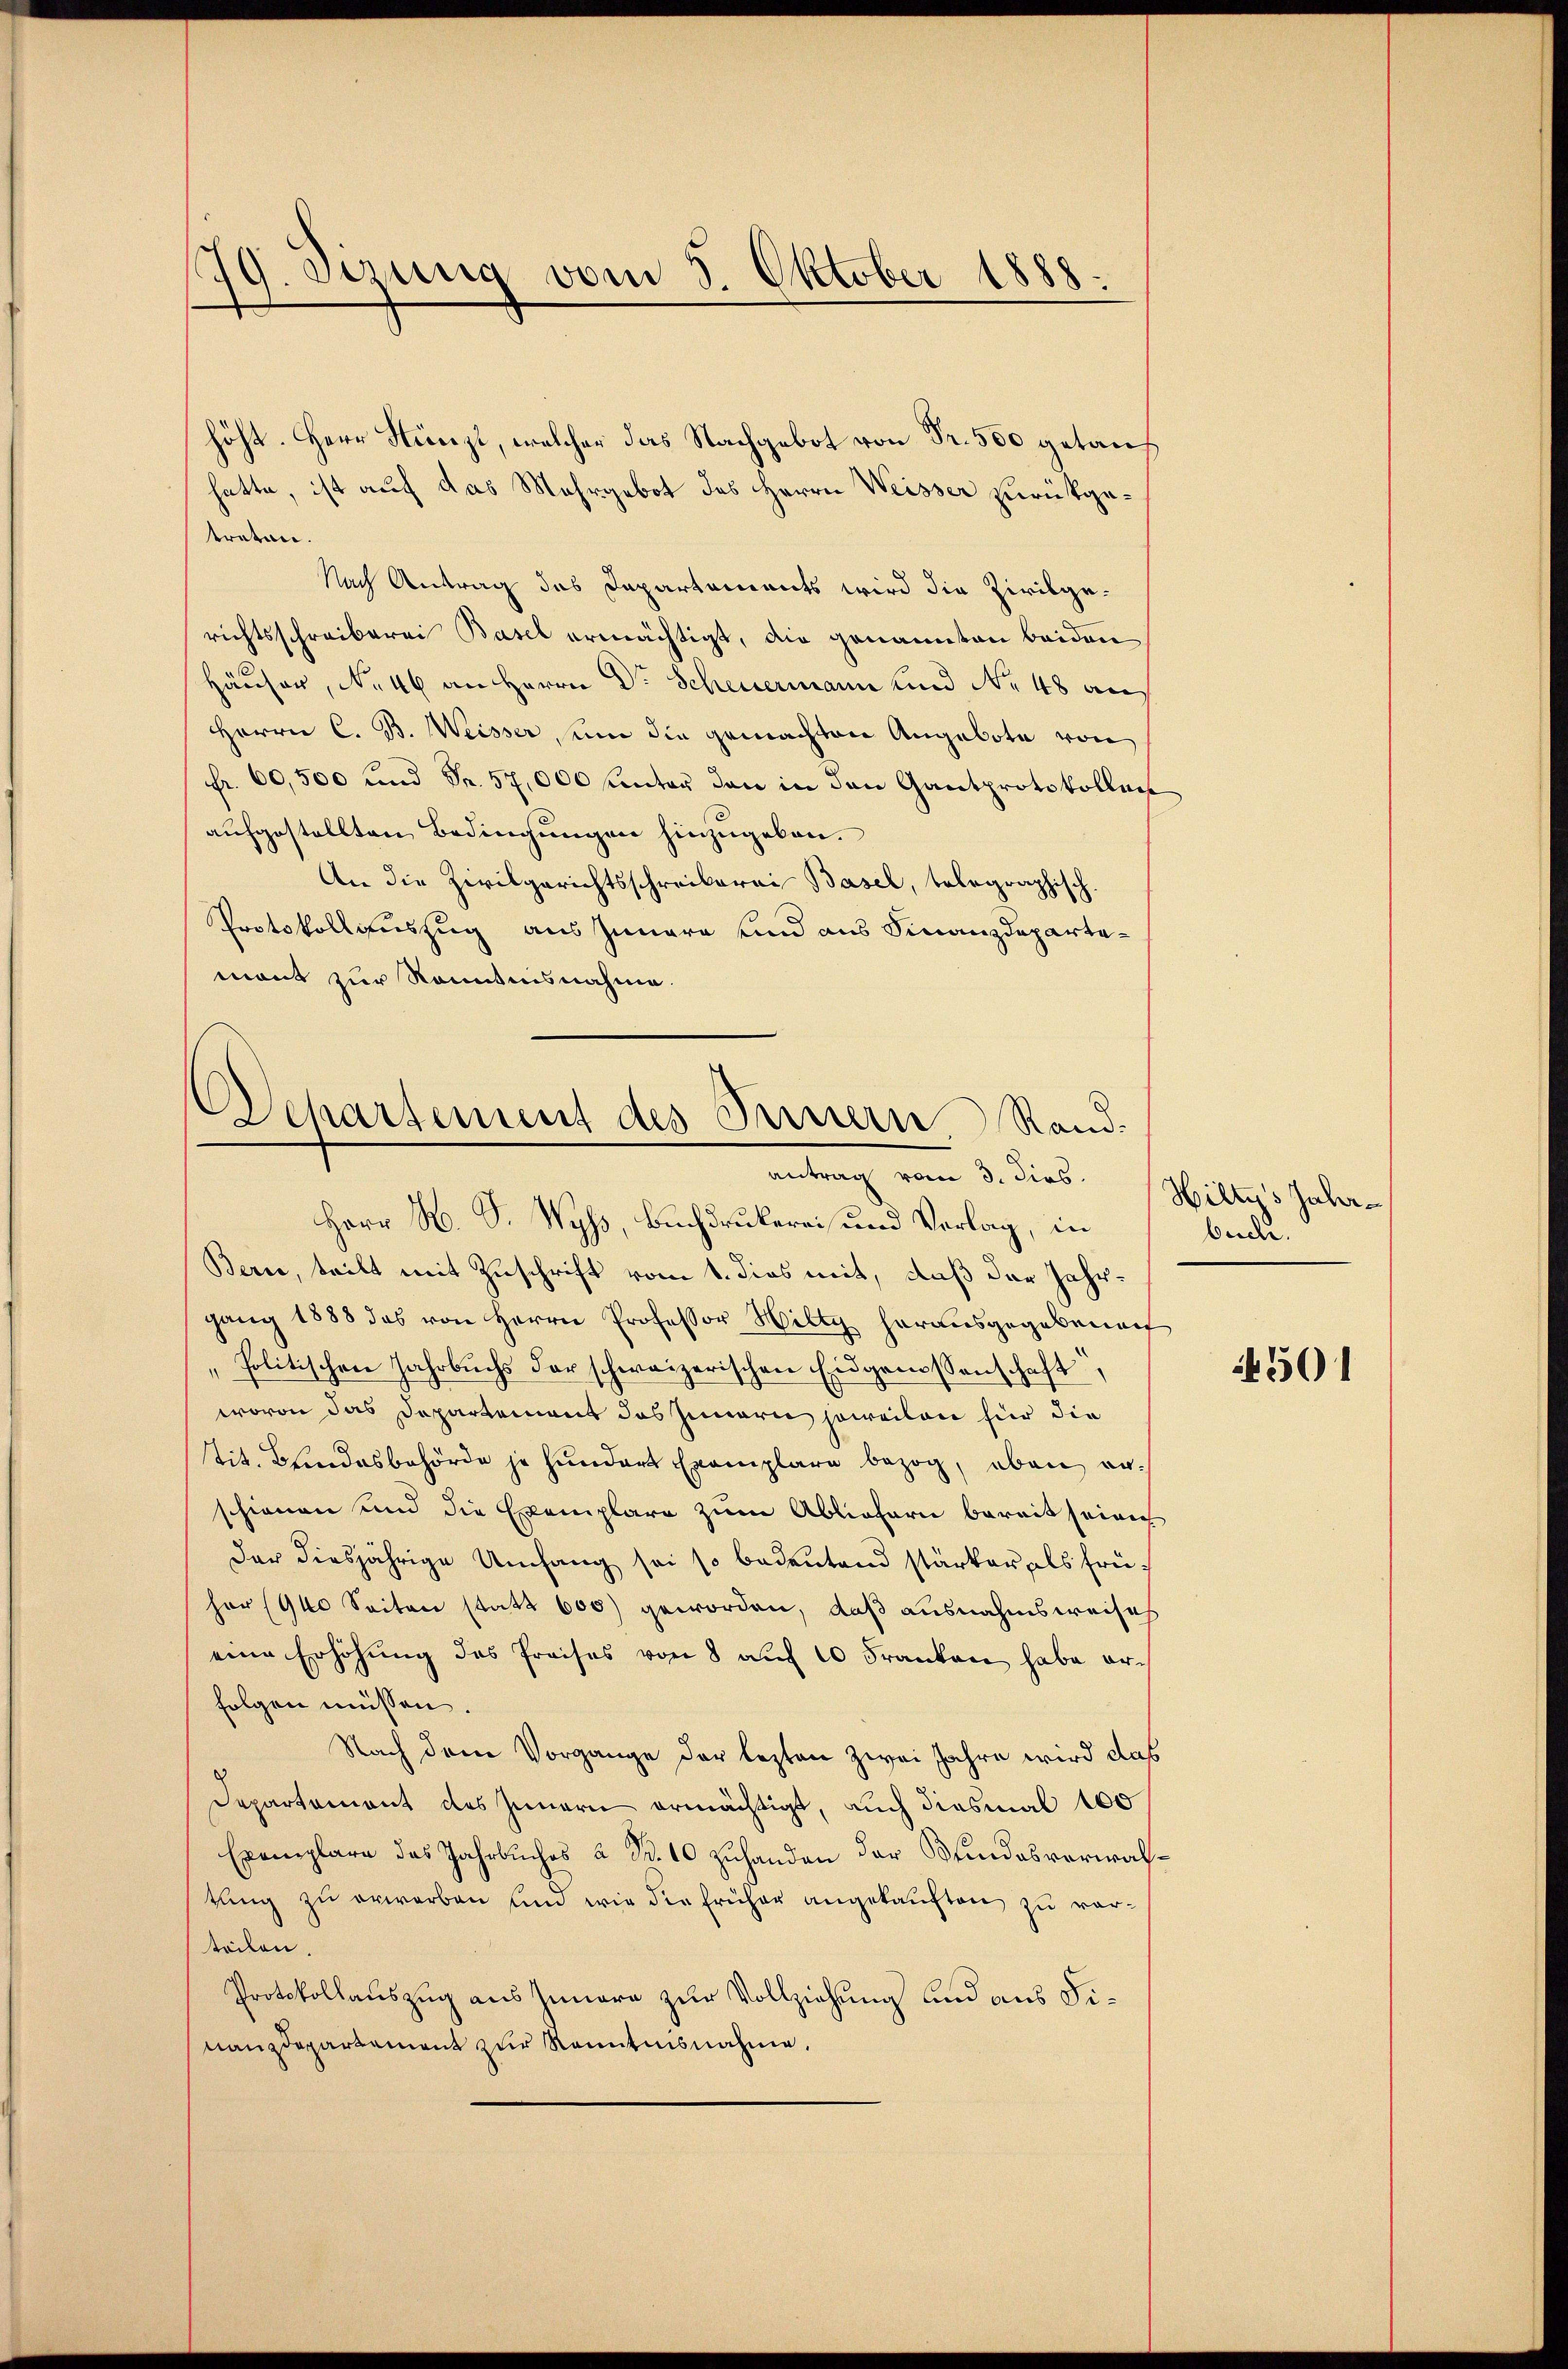
79. Verung vom
Oktober 1888.

Wehartement des Fernern Rand.
antrag vom 3. dies

höht. Herr Stünzi, welcher das Nachgebot von Fr. 550 getauf
hatte, ist auf das Mehrgebot des Herrn Weisser zurükgetreten.
Nach Antrag des Departements wird die Zivilgerichtsschreiberei Basel ermächtigt, die genannten beiden
Häuser, No 46 an Herrn Dr. Scheuermann und No 48 auf
Herrn C. B. Weisser, um die gemachten Angebote von
Fr. 60,500 und Fr. 57,000 Kantor den in den Gantprotokollen
aufgestellten Bedingungen hinzugeben.
An die Zivilgerichtsschreiberei Basel, telegraphisch.
Protokollauszug aus Innere und aus Finanzdepartemont zur Sonntensnahme.
Herr M. D. Wyss, Buchdrukerei und Verlag, in
Berce, teilt mit Zuschrift vom 1. dies mit, daß das Jahrgang 1888 das von Herrn Professor Hilty herausgegebenen
„Politischen Jahrbuchs der schweizerischen Eidgenossenschaft,
wovon das Departement das Innern soweilen für die
tit. Bindesbehörde je hundert Exemplare bezog, eben erschienen und die Exemplare zum Abliefern bereit seinen
der diesjährige Umfang sei so bedeutend stärker, als frühor (940 Seiten statt 600) geworden, daß ausnahmsweise
eine Erhöhung des Preises von 8 auf 10 Franken habe arch
folgen müssen.
Nach dem Vorgange der lezten zwei Jahre wird das
Departement des Innern ermächtigt, auch diesmal 100
Exemplare das Jahrbuches & B. 10 zuhanden der Bundesverwaltung zu erworben und wie die früher angekauften zu vorteilen.
Protokollauszug aus Innere zur Vollziehung und aus Finanzdepartement zur Kenntnisnahme,

Hiltys Jahr
besche.

501